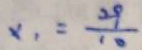
x _ { 1 } = \frac { 2 9 } { 1 0 }